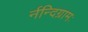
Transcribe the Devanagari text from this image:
र्नन्दिग्रामः